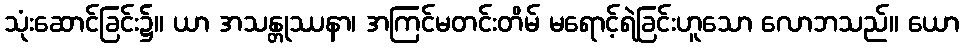
သုံးဆောင်ခြင်း၌။ ယာ အသန္တုဿနာ၊ အကြင်မတင်းတိမ် မရောင့်ရဲခြင်းဟူသော လောဘသည်။ ယော